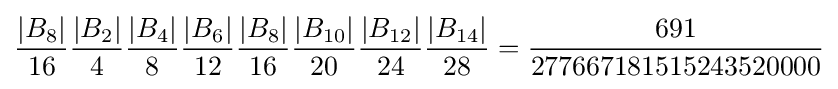
{|B_{8}| \over 16}{|B_{2}| \over 4}{|B_{4}| \over 8}{|B_{6}| \over 12}{|B_{8}| \over 16}{|B_{10}| \over 20}{|B_{12}| \over 24}{|B_{14}| \over 28}={691 \over 277667181515243520000}